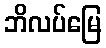
ဘိလပ်မြေ